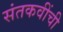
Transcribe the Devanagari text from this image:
संतकवींची